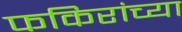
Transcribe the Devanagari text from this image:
फकिरांच्या